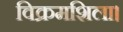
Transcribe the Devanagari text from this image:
विक्रमशिला।